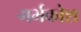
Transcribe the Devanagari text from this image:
गर्भकोश